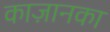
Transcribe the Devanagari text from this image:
काज़ानका